Report of the Indian Hemp Drugs Commission, 1894-1895 - Volume VI
Year: 1894
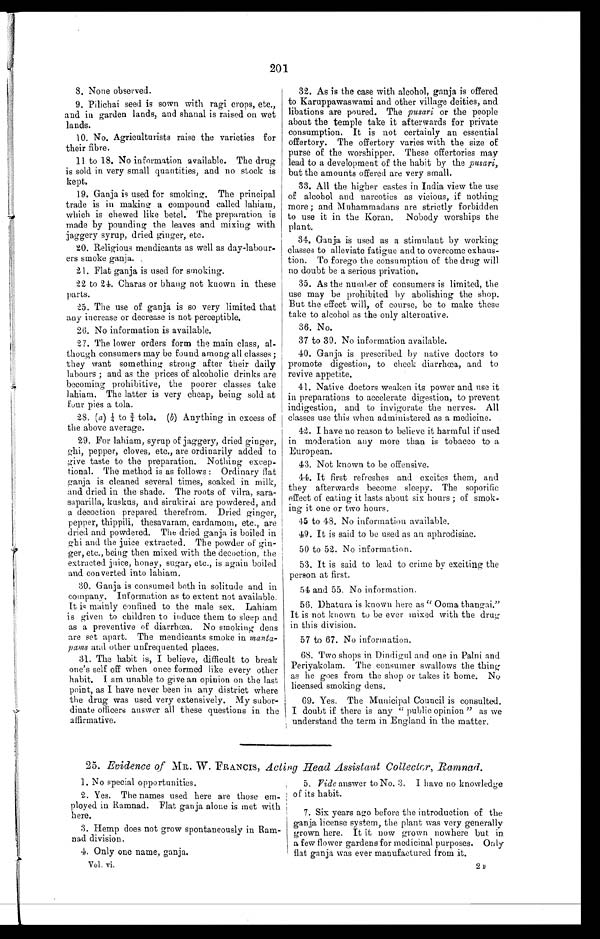
201
8 . N o n e o b s e r v e d .
9. Pilichai seed is sown with ragi crops, etc.,
and in garden lands, and shanal is raised on wet
lands.
10. No. Agriculturists raise the varieties for
their fibre.
11 to 18. No information available. The drug
is sold in very small quantities, and no stock is
kept.
19. Ganja is used for smoking. The principal
trade is in making a compound called lahiam,
which is chewed like betel. The preparation is
made by pounding the leaves and mixing with
jaggery syrup, dried ginger, etc.
20. Religious mendicants as well as day-labour-
-ers smoke ganja.
21. Flat ganja is used for smoking.
22 to 24. Charas or bhaug not known, in these
parts.
25. The use of ganja is so very limited that
any increase or decrease is not perceptible.
26. No information is available.
27. The lower orders form the main class, al-
though consumers may be found among all classes;
they want something strong after their daily
labours; and as the prices of alcoholic drinks are
becoming prohibitive, the poorer classes take
lahiam. The latter is very cheap, being sold at
four pies a tola.
28. (a) 1/4 to 3/4 tola. (b) Anything in excess of
the above average.
29. For lahiam, syrup of jaggery, dried ginger,
ghi, pepper, cloves, etc., are ordinarily added to
give taste to the preparation. Nothing excep-
tional. The method is as follows: Ordinary flat
ganja is cleaned several times, soaked in milk,
and dried in the shade. The roots of vilra, sara--
saparilla, kuskus, and sirukirai are powdered, and
a decoction prepared therefrom. Dried ginger
, pepper, thippili, thesavaram, cardamom, etc., are
dried and powdered. The dried ganja is boiled in
ghi and the juice extracted. The powder of gin--
ger, etc., being then mixed with the decoction, the
extracted juice, honey, sugar, etc., is again boiled
and converted into lahiam.
30. Ganja is consumed both in solitude and in
company. Information as to extent not available.
It is mainly confined to the male sex. Lahiam
is given to children to induce them to sleep and
as a preventive of diarrhœa. No smoking dens
are set apart. The mendicants smoke in manta-
pams and other unfrequented places.
31. The habit is, I believe, difficult to break
one's self off when once formed like every other
habit. I am unable to give an opinion on the last
point, as I have never been in any district where
the drug was used very extensively. My subor--
dinate officers answer all these questions in the
affirmative.
32. As is the case with alcohol, ganja is offered
to Karuppawaswami and other village deities, and
libations are poured. The pusari or the people
about the temple take it afterwards for private
consumption. It is not certainly an essential
offertory. The offertory varies with the size of
purse of the worshipper. These offertories may
lead to a development of the habit by the pusari,
but the amounts offered are very small.
33. All the higher castes in India view the use
of alcohol and narcotics as vicious, if nothing
more; and Muhammadans are strictly forbidden
to use it in the Koran. Nobody worships the
plant.
34. Ganja is used as a stimulant by working
classes to alleviate fatigue and to overcome exhaus--
tion. To forego the consumption of the drug will
no doubt be a serious privation.
35. As the number of consumers is limited, the
use may be prohibited by abolishing the shop.
But the effect will, of course, be to make these
take to alcohol as the only alternative.
36. No.
37 to 39. No information available.
40. Ganja is prescribed by native doctors to
promote digestion, to check diarrhœa, and to
revive appetite.
41. Native doctors weaken its power and use it
in preparations to accelerate digestion, to prevent
indigestion, and to invigorate the nerves. All
classes use this when administered as a medicine.
42. I have no reason to believe it harmful if used
in moderation any more than is tobacco to a
European.
43. Not known to be offensive.
44.
It first refreshes and excites them, and
they afterwards become sleepy. The soporific
effect of eating it lasts about six hours; of smok-
ing it one or two hours.
45 to 48. No information available.
49. It is said to be used as an aphrodisiac.
50 to 52. No information.
53. It is said to lead to crime by exciting the
person at first.
54 and 55. No information.
56. Dhatura is known here as "Ooma thangai."
It is not known to be ever mixed with the drug
in this division.
57 to 67. No information.
68. Two shops in Dindigul and one in Palni and
Periyakolam. The consumer swallows the thing
as he goes from the shop or takes it home. No
licensed smoking dens.
69. Yes. The Municipal Council is consulted.
I doubt if there is any "public opinion" as we
understand the term in England in the matter.
25. Evidence of MR. W. FRANCIS, Acting Head Assistant Collector, Ramnad.
1. No special opportunities.
2. Yes. The names used here are those em-
ployed in Ramnad. Flat ganja alone is met with
here.
3. Hemp does not grow spontaneously in Ram-
nad division.
4. Only one name, ganja.
Vol. vi.
5.
Vide
answer to No. 3. I have no knowledge
of its habit.
7. Six years ago before the introduction of the
ganja license system, the plant was very generally
grown here. It it now grown nowhere but in
a few flower gardens for medicinal purposes. Only
flat ganja was ever manufactured from it.
2F